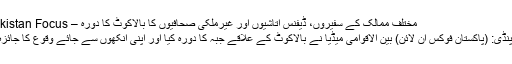
مختلف ممالک کے سفیروں، ڈیفنس اتاشیوں اور غیرملکی صحافیوں کا بالاکوٹ کا دورہ – Pakistan Focus
راولپنڈی: (پاکستان فوکس آن لائن) بین الاقوامی میڈیا نے بالاکوٹ کے علاقے جبہ کا دورہ کیا اور اپنی آنکھوں سے جائے وقوع کا جائزہ لیا۔